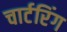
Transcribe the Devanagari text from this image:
चार्टरिंग